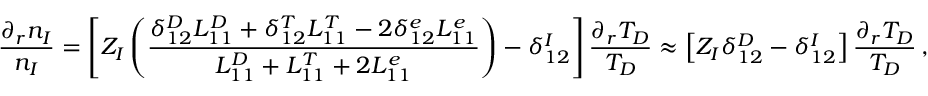
\frac { \partial _ { r } n _ { I } } { n _ { I } } = \left[ Z _ { I } \left( \frac { \delta _ { 1 2 } ^ { D } L _ { 1 1 } ^ { D } + \delta _ { 1 2 } ^ { T } L _ { 1 1 } ^ { T } - 2 \delta _ { 1 2 } ^ { e } L _ { 1 1 } ^ { e } } { L _ { 1 1 } ^ { D } + L _ { 1 1 } ^ { T } + 2 L _ { 1 1 } ^ { e } } \right) - \delta _ { 1 2 } ^ { I } \right] \frac { \partial _ { r } T _ { D } } { T _ { D } } \approx \left[ Z _ { I } \delta _ { 1 2 } ^ { D } - \delta _ { 1 2 } ^ { I } \right] \frac { \partial _ { r } T _ { D } } { T _ { D } } \, ,